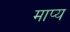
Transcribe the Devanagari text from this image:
माप्य